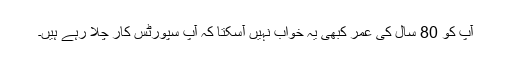
آپ کو 80 سال کی عمر کبھی یہ خواب نہیں آسکتا کہ آپ سپورٹس کار چلا رہے ہیں۔